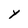
Character: Y